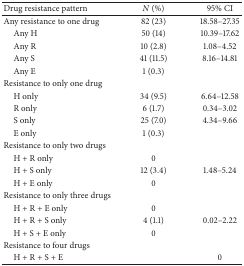
| Drug resistance pattern | N (%) | 95% CI |
 | --- | --- | --- |
 | Any resistance to one drug | 82 (23) | 18.58–27.35 |
 | Any H | 50 (14) | 10.39–17.62 |
 | Any R | 10 (2.8) | 1.08–4.52 |
 | Any S | 41 (11.5) | 8.16–14.81 |
 | Any E | 1 (0.3) |  |
 | Resistance to only one drug |  |  |
 | H only | 34 (9.5) | 6.64–12.58 |
 | R only | 6 (1.7) | 0.34–3.02 |
 | S only | 25 (7.0) | 4.34–9.66 |
 | E only | 1 (0.3) |  |
 | Resistance to only two drugs |  |  |
 | H + R only | 0 |  |
 | H + S only | 12 (3.4) | 1.48–5.24 |
 | H + E only | 0 |  |
 | Resistance to only three drugs |  |  |
 | H + R + E only | 0 |  |
 | H + R + S only | 4 (1.1) | 0.02–2.22 |
 | H + S + E only | 0 |  |
 | Resistance to four drugs |  |  |
 | H + R + S + E |  | 0 |